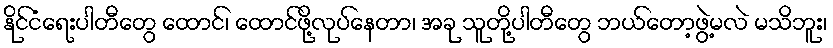
နိုင်ငံရေးပါတီတွေ ထောင်၊ ထောင်ဖို့လုပ်နေတာ၊ အခု သူတို့ပါတီတွေ ဘယ်တော့ဖွဲ့မလဲ မသိဘူး၊